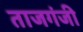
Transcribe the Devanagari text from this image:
ताजगंजी